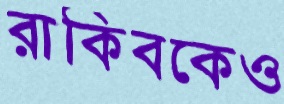
রাকিবকেও